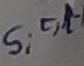
Text: s,t,l